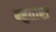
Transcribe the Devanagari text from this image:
बहुतारा